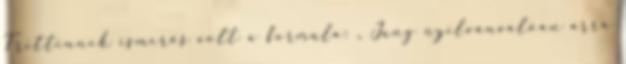
Trittinnek ismerős volt a formula: „ Jung nyilvánvalóan arra